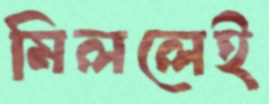
মিললেই